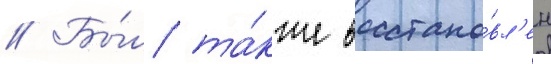
// Бы́л та́кже восстано́вл'ен